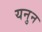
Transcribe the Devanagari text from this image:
यनुन